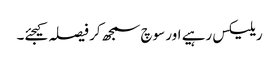
ریلیکس رہیے اور سوچ سمجھ کر فیصلہ کیجئے۔